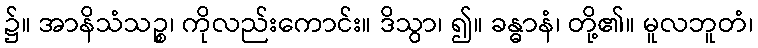
၌။ အာနိသံသဉ္စ၊ ကိုလည်းကောင်း။ ဒိသွာ၊ ၍။ ခန္ဓာနံ၊ တို့၏။ မူလဘူတံ၊